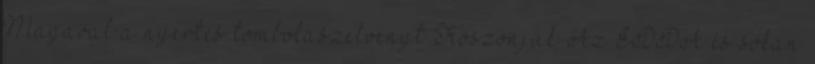
Magával a nyertes tombolaszelvényt Köszönjük Az EDDA és sokan